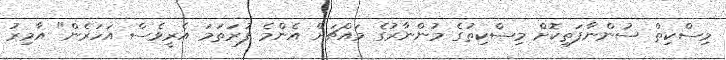
މިސްކިތް ސުންނާފަތިކޮށް މިސްކިތުގެ މުންނާރުގެ މައްޗަށް އެންމެ ފުރަތަމަ އެރީވެސް އަހަރެން" އާމިރު